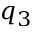
q _ { 3 }